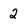
Character: 2